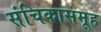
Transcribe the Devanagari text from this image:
संचिकासमूह